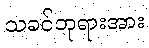
သခင်ဘုရားအား